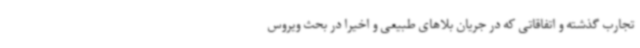
تجارب گذشته و اتفاقاتی که در جریان بلاهای طبیعی و اخیرا در بحث ویروس